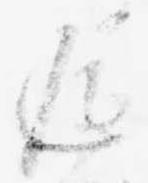
返